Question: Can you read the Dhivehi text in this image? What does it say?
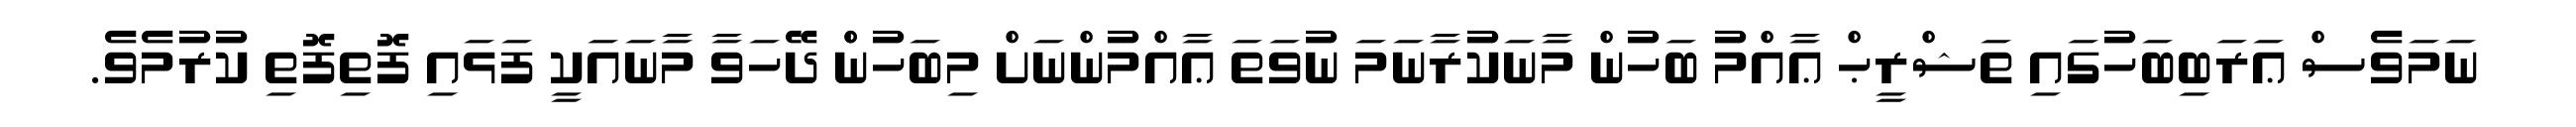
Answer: ނަމަވެސް ޢަރަބިބަހުގައި ތަޝްރީޙް ޢާއްމު ބަހުން މާނަކުރާނަމަ ނުވަތަ ޢާއްމުންނަށް މިބަހުންް ދޭހަވާ މާނައަކީ ފަޅައި ފޮތިފޮތި ކުރުމެވެ.